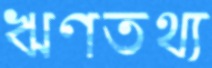
ঋণতথ্য